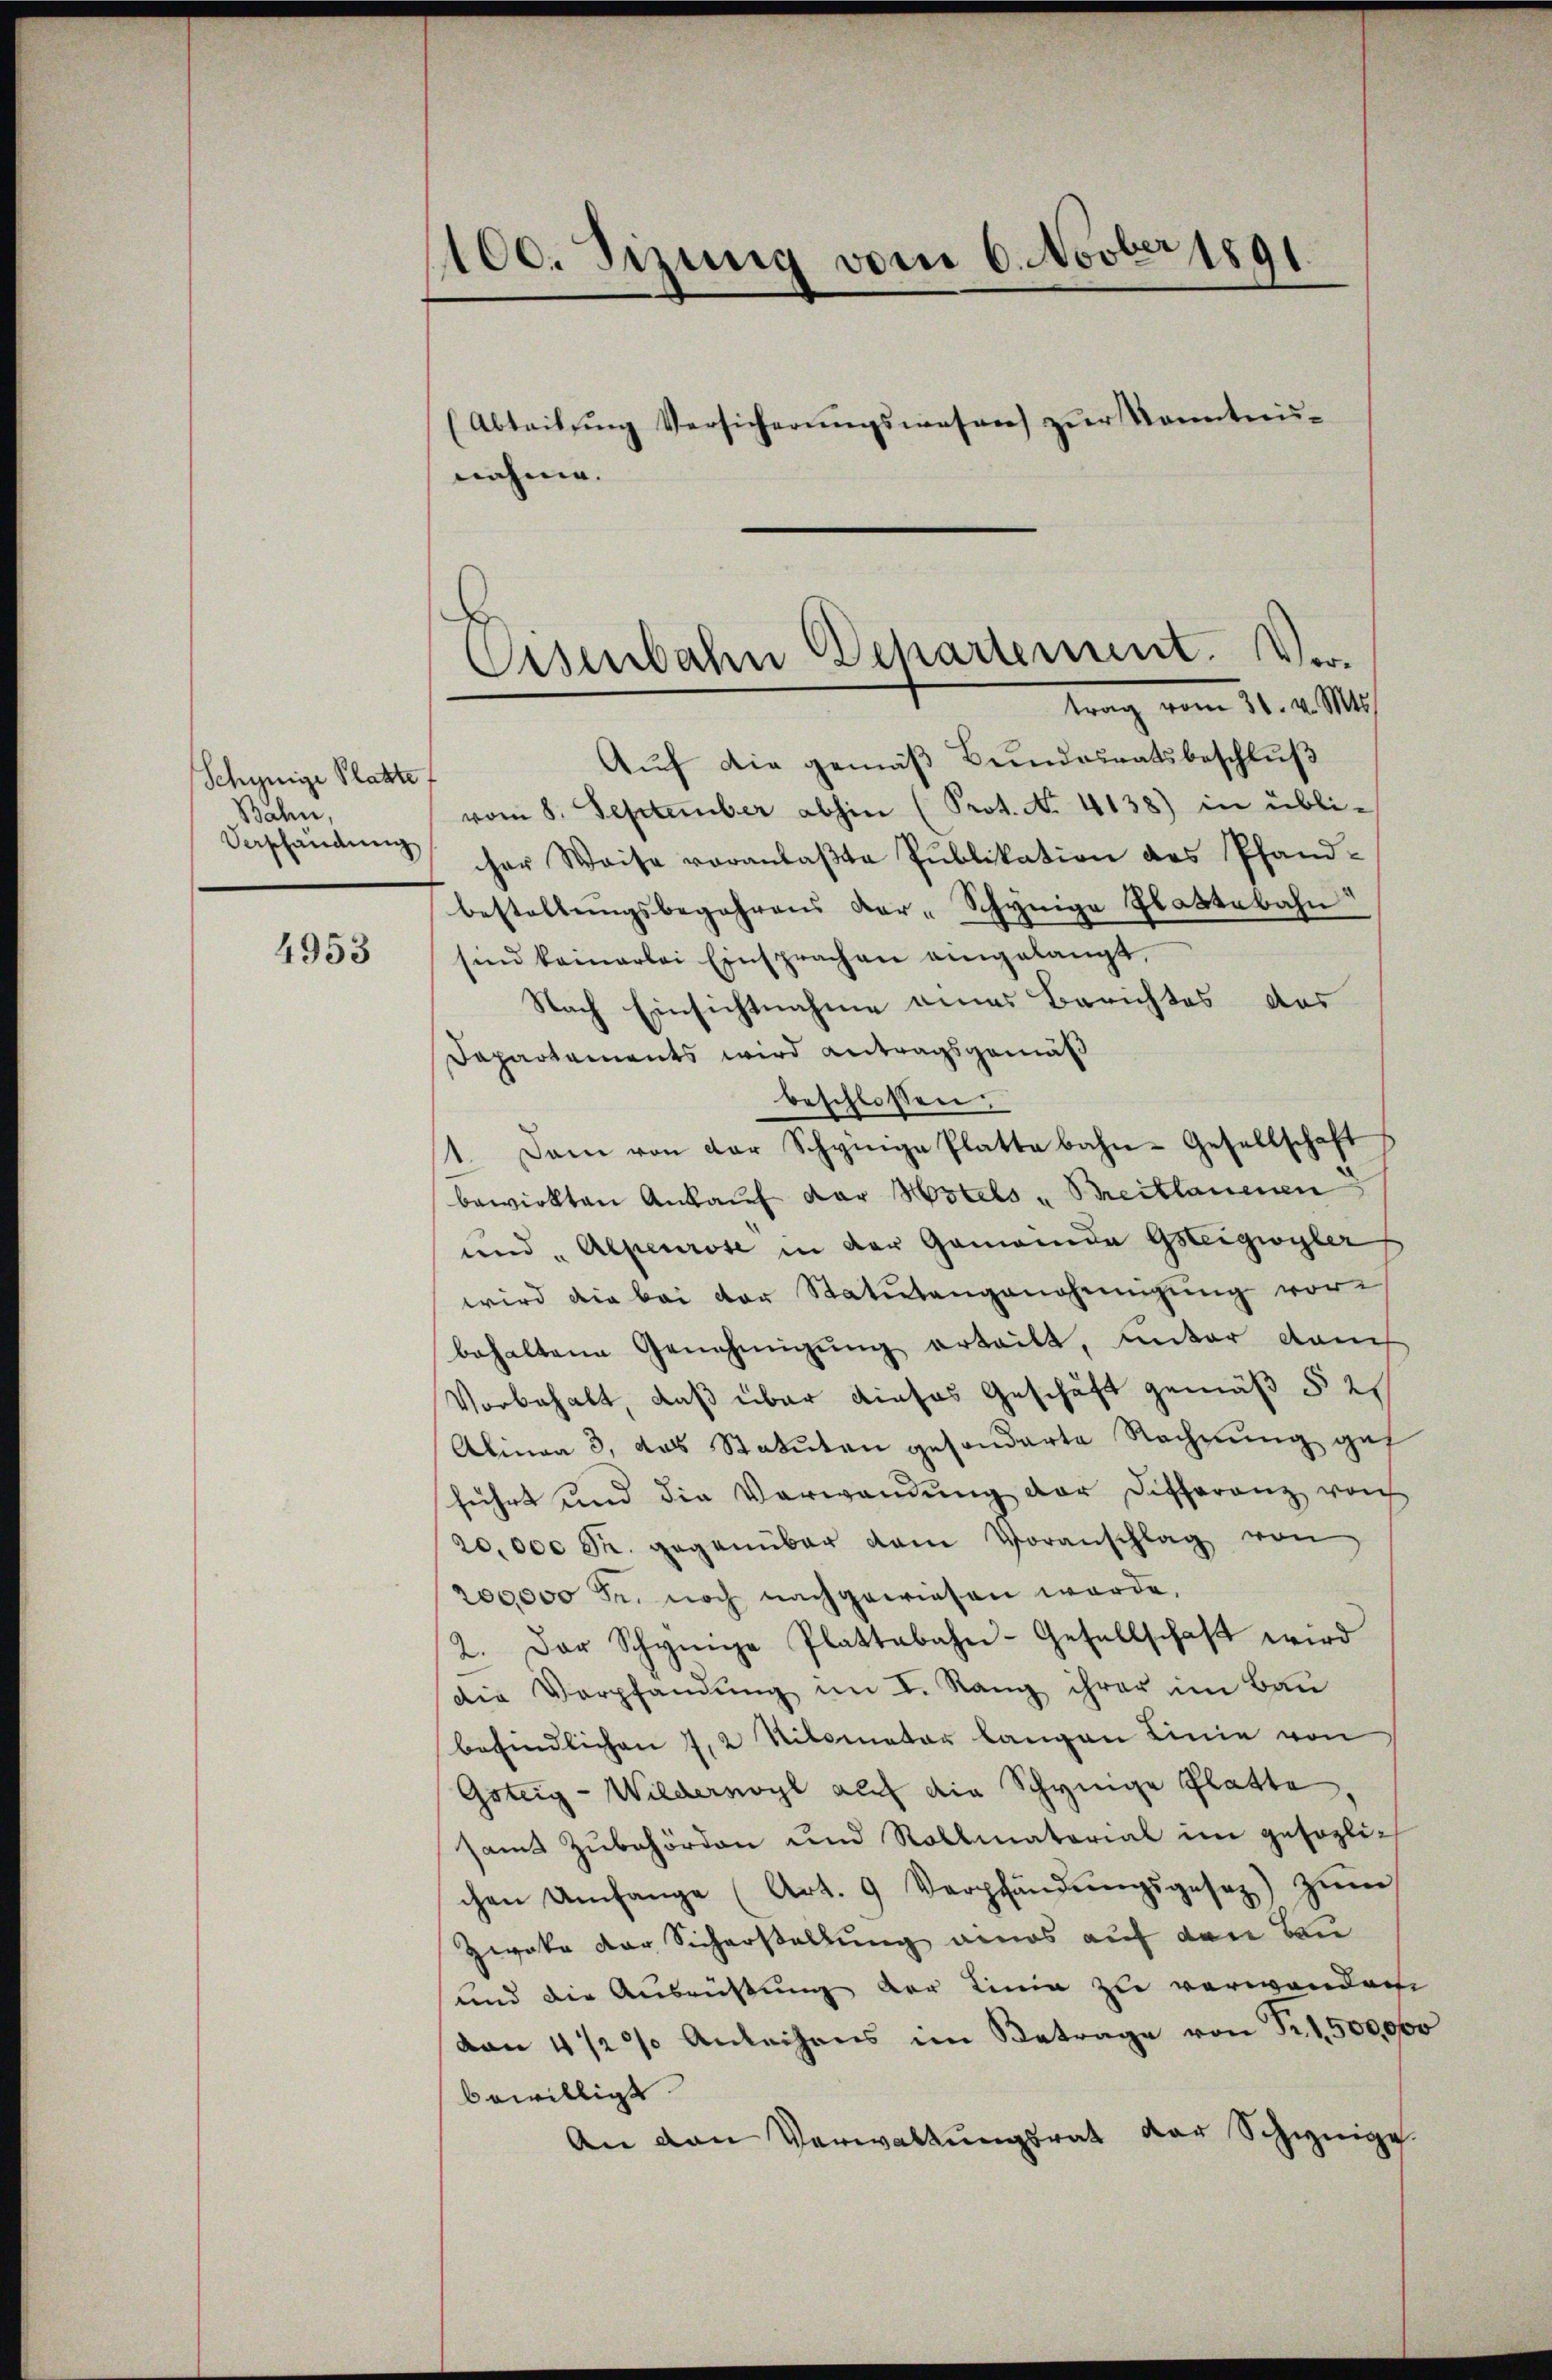
Schynige Platte,
Bahn,
Verschändung

4953

100. Sizung vom 6. Novber 1891.
(Abteilŭng Versicherŭngswesen zŭr Kenntnis-
nahme.

Auf die gemäß Bundesratsbeschluß
vom 8. September abhin (Prot. No. 4138) in übli-
cher Weise voranlaβte Publikation des Pfand-
bestellŭngsbegehrens dar-Schynige Glattbahn
sind kamerlei Einsprachen angelangt,
Nach Einsichtnahme eines Berichtes das
Dapartements wird Antragsgemäß
beschlossen:
1. Dann von der Schynige Platte bahn-Gesellschaft
bewirkten Ankaŭf der stels " Breitlauenen
und Alpenrose in der Gamanida Gsteigwyler
wird die bei der Statutengangenigung vorbehaltene Genehmigung erteilt, unter dan
Vorbehalt, daß über dieses Geschäft gemäß § 21
Alinea 3, das Statuten gesonderte Rechnung geh
führt und die Verwendung der Differanz von
20,000 Fr. gegenüber dem Voranschlag von
200000 Fr. noch nachgewiesen werde,
2. Der Schynige Plattabahn-Gesellschaft wird
die Verpfandung im I. Rang ihrer im Bau
befindlichen 1,2 Nitomater langen Linie von
Gsteig-Wilderwogl auf die Schynige Platte
samt Zubehörden und Rollmatorial im gesezlichen Umfange (Art. 9 Verpfändŭngsgesez) zŭm
Zweke der Sicherstellung eines auf den Bau
und die Ausrichtung der Linie zu verwanden
von 4 1/2% Anleihens im Betrage von Fr. 1,500,000
bewilligt
An den Verwaltŭngsrat der Schweige.

Eisenbahn Departement. Vertrag vom 31. v. Mts.